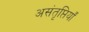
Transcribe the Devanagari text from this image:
असंतृप्तियाँ